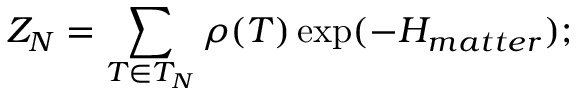
Z _ { N } = \sum _ { T \in { \cal { T } } _ { N } } \rho ( T ) \exp ( - { \cal { H } } _ { m a t t e r } ) ; \protect